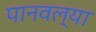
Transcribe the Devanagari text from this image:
पानवल्या